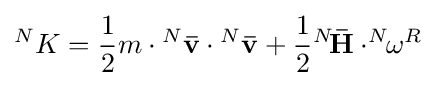
^{N}K={\frac {1}{2}}m\cdot {^{N}\mathbf {\bar {v}} }\cdot {^{N}\mathbf {\bar {v}} }+{\frac {1}{2}}{^{N}\!\mathbf {\bar {H}} }\cdot ^{N}{\!\!\mathbf {\omega } }^{R}